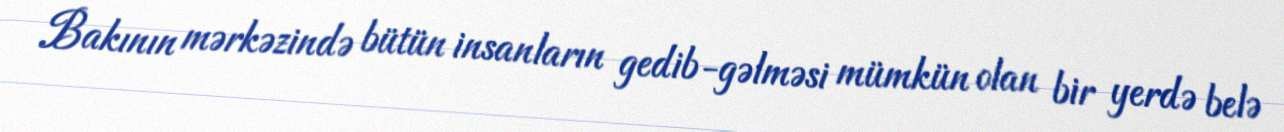
Bakının mərkəzində bütün insanların gedib-gəlməsi mümkün olan bir yerdə belə